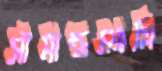
সীমান্তসংশ্লি